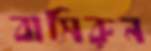
বাসিরুন